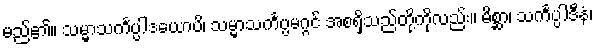
မည်၏။ သမ္မာသင်္ကပ္ပါဒယောပိ၊ သမ္မာသင်္ကပ္ပမဂ္ဂင် အစရှိသည်တို့ကိုလည်း။ မိစ္ဆာ၊ သင်္ကပ္ပါဒီနံ၊